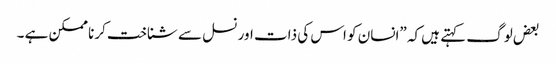
بعض لوگ کہتے ہیں کہ ”انسان کو اس کی ذات اور نسل سے شناخت کرنا ممکن ہے ۔